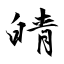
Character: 皘